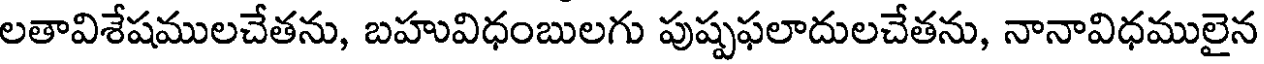
లతావిశేషములచేతను, బహువిధంబులగు పుష్పఫలాదులచేతను, నానావిధములైన